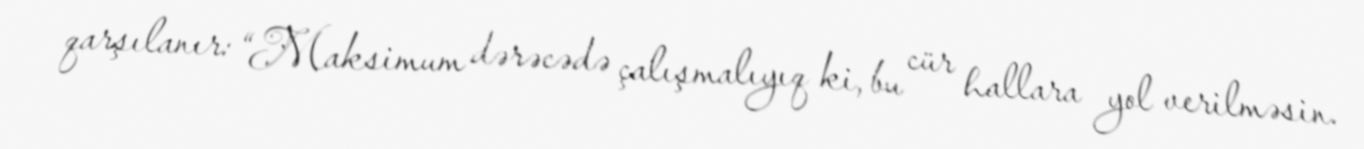
qarşılanır: “Maksimum dərəcədə çalışmalıyıq ki, bu cür hallara yol verilməsin.